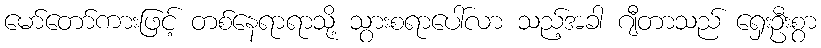
မော်တော်ကားဖြင့် တစ်နေရာရာသို့ သွားစရာပေါ်လာ သည့်အခါ ဂျီတာသည် ရှေးဦးစွာ